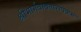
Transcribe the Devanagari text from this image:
श्रीभार्गवावतारोपक्रमः